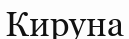
Кируна